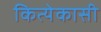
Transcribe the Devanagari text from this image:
कित्येकासी